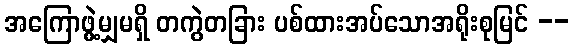
အကြောဖွဲ့မျှမရှိ တကွဲတခြား ပစ်ထားအပ်သောအရိုးစုမြင် --